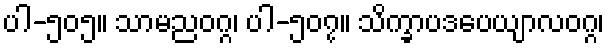
ပါ-၅၀၅။ သာမညဝဂ္ဂ၊ ပါ-၅၀၇။ သိက္ခာပဒပေယျာလဝဂ္ဂ၊